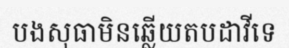
បងសុធាមិនឆ្លើយតបដាវីទេ